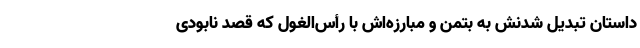
داستان تبدیل شدنش به بتمن و مبارزه‌اش با رأس‌الغول که قصد نابودی